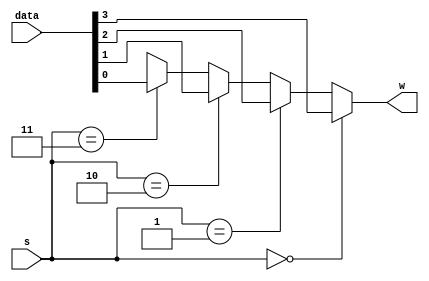
`timescale 1ns/1ns
module MUX4to1V2(input [0:3] data,input [1:0] s,output w);
	assign #40 w = (s == 2'b00) ? data[0] :
				   (s == 2'b01) ? data[1] :
				   (s == 2'b10) ? data[2] :
				   (s == 2'b11) ? data[3] :
				   1'bx;
endmodule